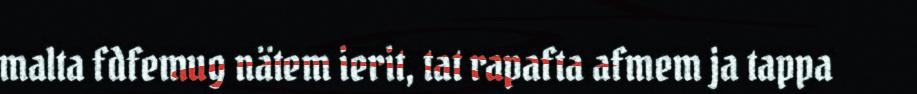
malta fdfemug nätem ierit, tat rapafta afmem ja tappa